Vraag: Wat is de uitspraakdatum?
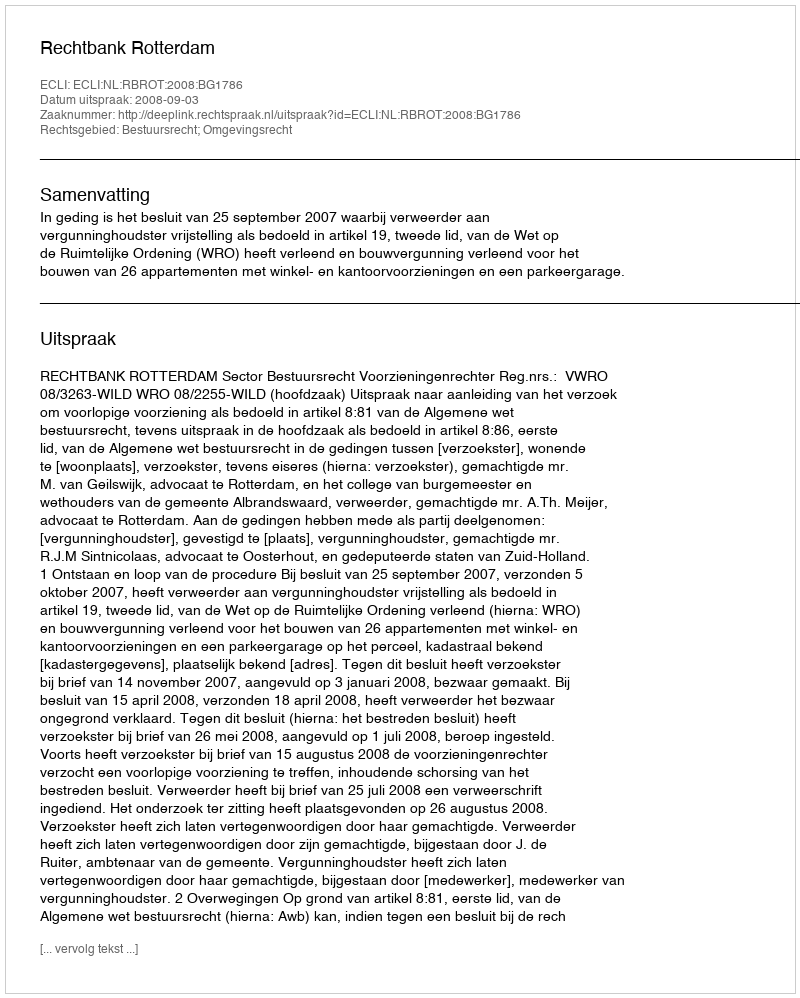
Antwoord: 2008-09-03